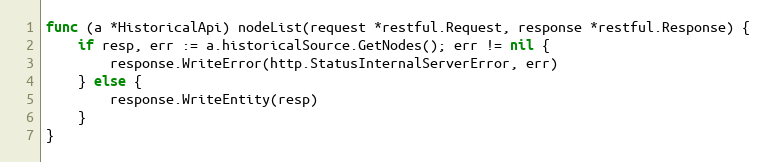
Language: Go
func (a *HistoricalApi) nodeList(request *restful.Request, response *restful.Response) {
	if resp, err := a.historicalSource.GetNodes(); err != nil {
		response.WriteError(http.StatusInternalServerError, err)
	} else {
		response.WriteEntity(resp)
	}
}